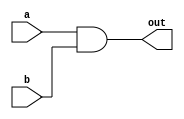
// Exercise 2-1-4: AND Gate
module AND_gate (
    input a,
    input b,
    output out
);
    assign out = a & b;
endmodule